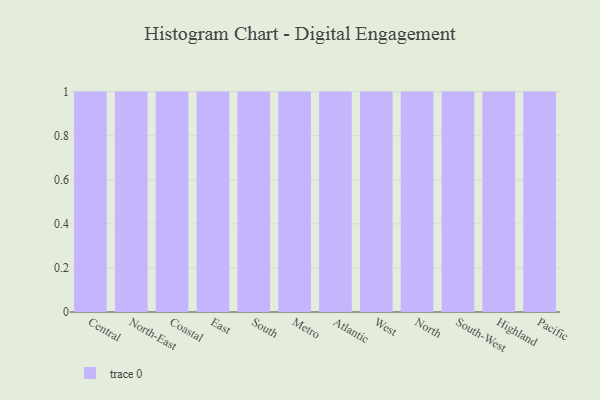
{"axis": {"x": "Region", "y": "Active Users"}, "legend": [""], "data": [{"x": "Central", "y": 67, "type": ""}, {"x": "North-East", "y": 71, "type": ""}, {"x": "Coastal", "y": 79, "type": ""}, {"x": "East", "y": 68, "type": ""}, {"x": "South", "y": 69, "type": ""}, {"x": "Metro", "y": 7, "type": ""}, {"x": "Atlantic", "y": 63, "type": ""}, {"x": "West", "y": 82, "type": ""}, {"x": "North", "y": 98, "type": ""}, {"x": "South-West", "y": 4, "type": ""}, {"x": "Highland", "y": 5, "type": ""}, {"x": "Pacific", "y": 18, "type": ""}]}